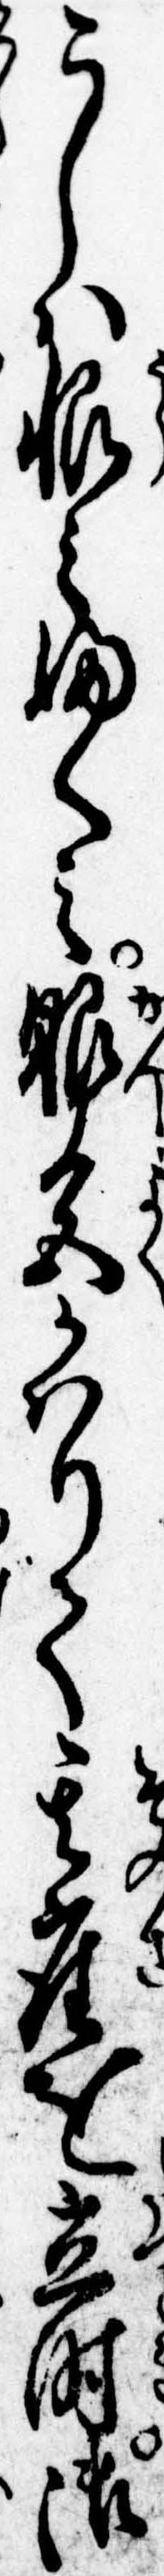
こしは恨みふくみ眼色かはりて其座を立時御